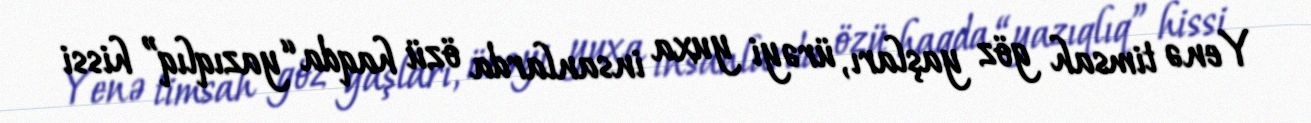
Yenə timsah göz yaşları, ürəyi yuxa insanlarda özü haqda “yazıqlıq” hissi